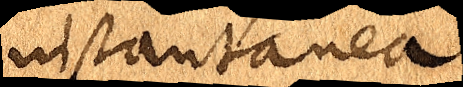
instantanea